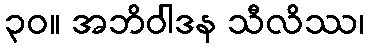
၃၀။ အဘိဝါဒန သီလိဿ၊